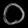
Digit: ၀